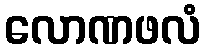
လောဏဖလံ